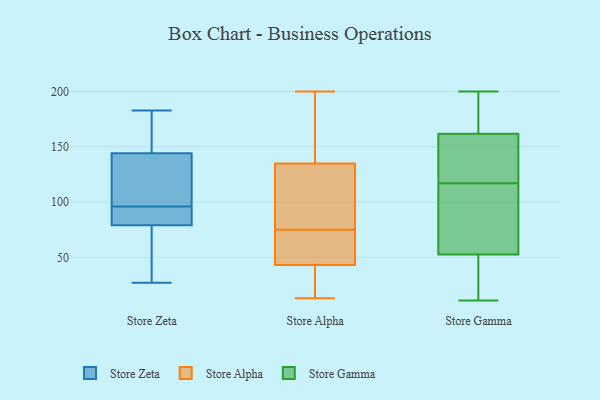
{"axis": {"x": "Demand Index", "y": "Value"}, "legend": ["Store Alpha", "Store Gamma", "Store Zeta"], "data": [{"x": "", "y": 165, "type": "Store Zeta"}, {"x": "", "y": 38, "type": "Store Zeta"}, {"x": "", "y": 27, "type": "Store Zeta"}, {"x": "", "y": 183, "type": "Store Zeta"}, {"x": "", "y": 33, "type": "Store Zeta"}, {"x": "", "y": 126, "type": "Store Zeta"}, {"x": "", "y": 146, "type": "Store Zeta"}, {"x": "", "y": 120, "type": "Store Zeta"}, {"x": "", "y": 150, "type": "Store Zeta"}, {"x": "", "y": 77, "type": "Store Zeta"}, {"x": "", "y": 139, "type": "Store Zeta"}, {"x": "", "y": 96, "type": "Store Zeta"}, {"x": "", "y": 87, "type": "Store Zeta"}, {"x": "", "y": 85, "type": "Store Zeta"}, {"x": "", "y": 90, "type": "Store Zeta"}, {"x": "", "y": 60, "type": "Store Alpha"}, {"x": "", "y": 166, "type": "Store Alpha"}, {"x": "", "y": 13, "type": "Store Alpha"}, {"x": "", "y": 143, "type": "Store Alpha"}, {"x": "", "y": 127, "type": "Store Alpha"}, {"x": "", "y": 43, "type": "Store Alpha"}, {"x": "", "y": 18, "type": "Store Alpha"}, {"x": "", "y": 200, "type": "Store Alpha"}, {"x": "", "y": 90, "type": "Store Alpha"}, {"x": "", "y": 43, "type": "Store Alpha"}, {"x": "", "y": 174, "type": "Store Alpha"}, {"x": "", "y": 72, "type": "Store Alpha"}, {"x": "", "y": 69, "type": "Store Alpha"}, {"x": "", "y": 113, "type": "Store Alpha"}, {"x": "", "y": 170, "type": "Store Alpha"}, {"x": "", "y": 18, "type": "Store Alpha"}, {"x": "", "y": 84, "type": "Store Alpha"}, {"x": "", "y": 78, "type": "Store Alpha"}, {"x": "", "y": 32, "type": "Store Alpha"}, {"x": "", "y": 66, "type": "Store Alpha"}, {"x": "", "y": 164, "type": "Store Gamma"}, {"x": "", "y": 117, "type": "Store Gamma"}, {"x": "", "y": 129, "type": "Store Gamma"}, {"x": "", "y": 111, "type": "Store Gamma"}, {"x": "", "y": 56, "type": "Store Gamma"}, {"x": "", "y": 169, "type": "Store Gamma"}, {"x": "", "y": 94, "type": "Store Gamma"}, {"x": "", "y": 25, "type": "Store Gamma"}, {"x": "", "y": 141, "type": "Store Gamma"}, {"x": "", "y": 23, "type": "Store Gamma"}, {"x": "", "y": 11, "type": "Store Gamma"}, {"x": "", "y": 42, "type": "Store Gamma"}, {"x": "", "y": 156, "type": "Store Gamma"}, {"x": "", "y": 161, "type": "Store Gamma"}, {"x": "", "y": 200, "type": "Store Gamma"}, {"x": "", "y": 102, "type": "Store Gamma"}, {"x": "", "y": 194, "type": "Store Gamma"}]}